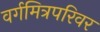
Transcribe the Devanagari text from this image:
वर्गमित्रपरिवर